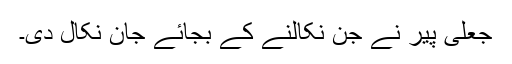
جعلی پیر نے جن نکالنے کے بجائے جان نکال دی۔